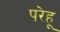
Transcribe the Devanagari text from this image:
परेहू